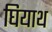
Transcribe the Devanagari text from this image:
घियाथ